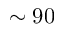
\sim 9 0